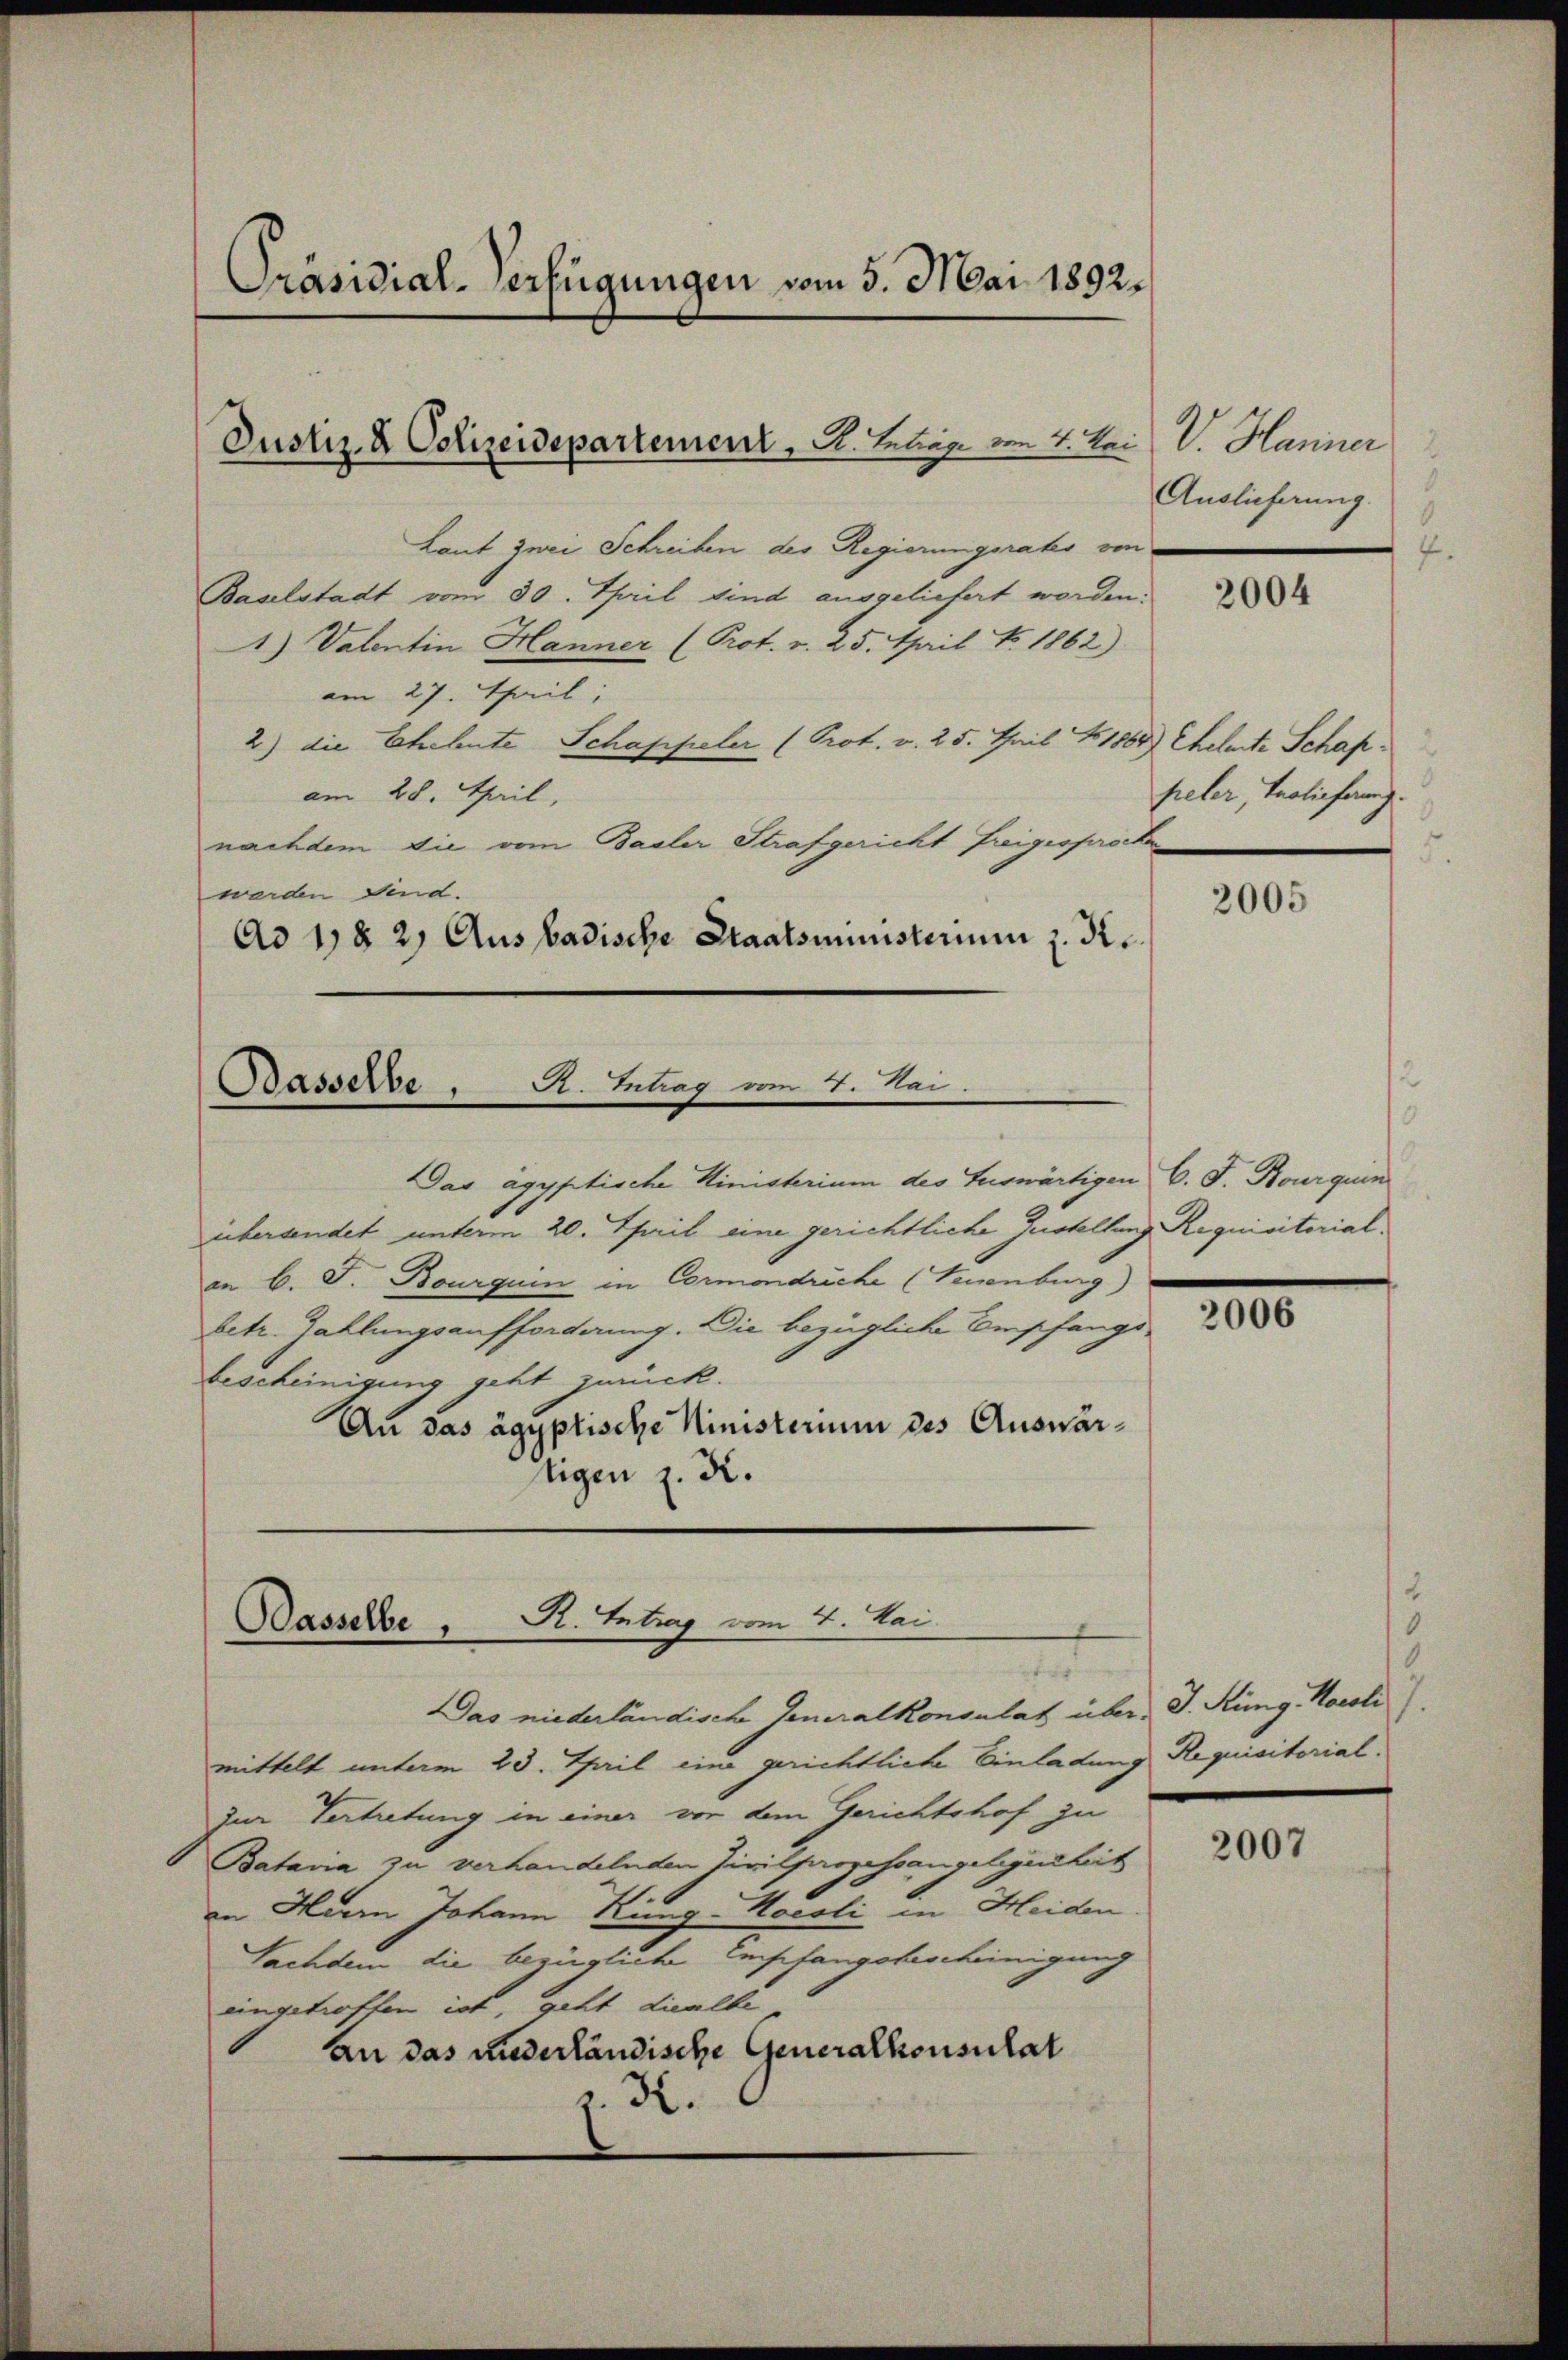
Präsidial-Verfügungen vom 5. Mai 1892.

Justiz- & Polizeidepartement, S. Leben vom 1. Bei

Laut zwei Schreiben des Regierungsrates von
Baselstadt vom 30. April sind ausgeliefert worden.
1) Valentin Hanner (Prot. v. 25. April No 1862)
am 27. Teil,
2) die Eheleute Schappeler (Prot. v. 25. April 1864) Ehelete Schafam 28. April,
nachdem die vom Basler Strafgericht freigesprochen
werden send.
Ad 17 § 2, Ausbadische Staatsministerm z. R.

Basserbe, A. Antrag vom 4. Mai.

Dasselbe R. Eintrag/Antrag vom 4. Mai.
s

Das agyptische Ministerium des Auswärtigen
übersendet unterm 20. April eine gerichtliche Zustellung Requisitorialin B. G. Bourquin in Cormondriche (Teuenburg)
betr. Zahlungsaufforderung. Die bezügliche Empfangs-
bescheinigung geht zurück.
An das ägyptische Ministerium des Auswärtigen z. K.

Das niederländische Generalkonsulat über, J. Küng, Karoli
mittelt unterm 23. April eine gerichtliche Einladung Requisitorial.
zur Vertretung in einer vor dem Gerichtshof zu
Batavia zu verhandelnden Zivilprozessangelegenheit
an Herrn Johann Kung-Hocsli in Heiden.
Nachdem die bezügliche Einschangsbescheinigung
eingetroffen ist, geht diealbe
an das niederländische Generalkonsulat
1.K.

V. Hanner
Auslieferung.
3
7

2004

peler, Trolinhau

2005

C. J. Bourquin

2006

.
1

2007